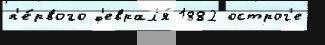
п'е́рвого ф'еврал'я́ 1882 острог'е